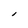
Character: l